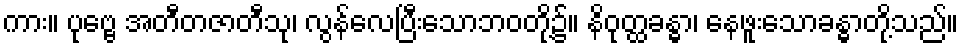
ကား။ ပုဗ္ဗေ အတီတဇာတီသု၊ လွန်လေပြီးသောဘဝတို့၌။ နိဝုတ္ထခန္ဓာ၊ နေဖူးသောခန္ဓာတို့သည်။